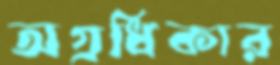
অগ্রধিকার